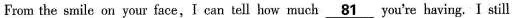
From the smile on your face,I can tell how much \underline{81} you're having. I still